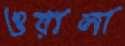
ওয়ালা